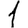
Digit: 1